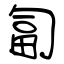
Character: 匐